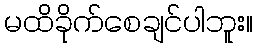
မထိခိုက်စေချင်ပါဘူး။